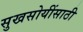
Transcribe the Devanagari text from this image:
सुखसोयींसाठी